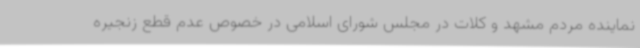
نماینده مردم مشهد و کلات در مجلس شورای اسلامی در خصوص عدم قطع زنجیره